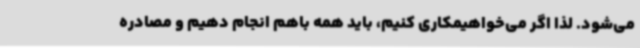
می‌شود. لذا اگر می‌خواهیمکاری کنیم، باید همه باهم انجام دهیم و مصادره